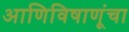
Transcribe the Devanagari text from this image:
आणिविषाणूंचा